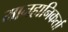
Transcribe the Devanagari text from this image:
मानहानिकर्ता